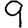
Digit: 9